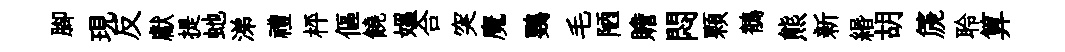
腳現反獻提虵涕禮枰傴饒媪合突魔鸚毛陋贍悶顆鶺熊新緡胡篪聆算